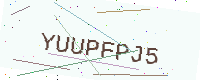
Text: YUUPFPJ5